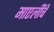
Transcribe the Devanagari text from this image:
माएलींचे